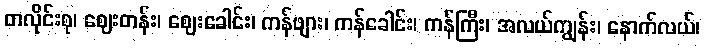
တလိုင်းစု၊ ဈေးတန်း၊ ဈေးခေါင်း၊ ကန်ဖျား၊ ကန်ခေါင်း၊ ကန်ကြီး၊ အလယ်ကျွန်း၊ နောက်လယ်၊